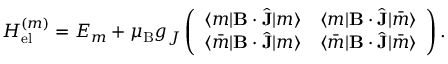
H _ { \mathrm { e l } } ^ { ( m ) } = E _ { m } + \mu _ { \mathrm { B } } g _ { J } \left( \begin{array} { c c } { \langle m | \mathbf { B } \cdot \hat { \mathbf { J } } | m \rangle } & { \langle m | \mathbf { B } \cdot \hat { \mathbf { J } } | \bar { m } \rangle } \\ { \langle \bar { m } | \mathbf { B } \cdot \hat { \mathbf { J } } | m \rangle } & { \langle \bar { m } | \mathbf { B } \cdot \hat { \mathbf { J } } | \bar { m } \rangle } \end{array} \right) .